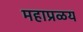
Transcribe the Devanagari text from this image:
महाप्रळय